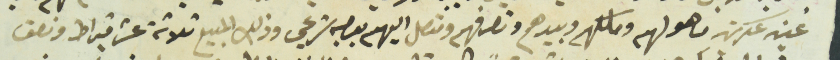
عين عكرين ما هو لهم وملكهم وبيدهم وتصرفهم ومتصل اليهم بوصي شرعي وذلك المبيع ثلاثة عشر قيراط ونصف